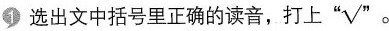
1 选出文中括号里正确的读音，打上 “√”